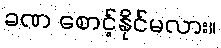
ခဏ စောင့်နိုင်မလား။